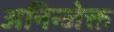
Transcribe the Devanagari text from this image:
अनिन्जेक्त